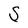
Character: S